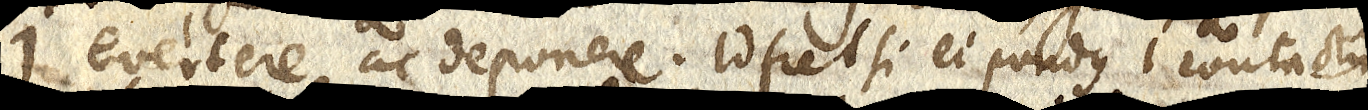
i evertere ac deponere. Id fiet si ei pondus i contactu